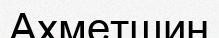
Ахметшин